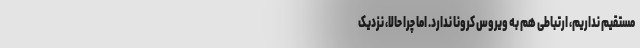
مستقیم نداریم، ارتباطی هم به ویروس کرونا ندارد. اما چرا حالا، نزدیکِ